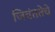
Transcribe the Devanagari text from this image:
जिवंततेचे